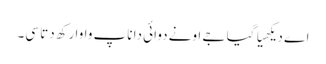
اے دیکھیا گیا جے اونے دوائی دا ناپ واوا رکھ دتا سی۔